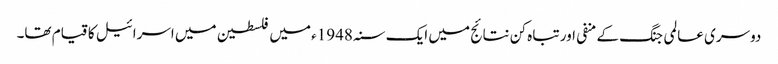
دوسری عالمی جنگ کے منفی اور تباہ کن نتائج میں ایک سنہ 1948ء میں فلسطین میں اسرائیل کا قیام تھا۔